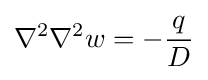
\nabla ^{2}\nabla ^{2}w=-{\frac {q}{D}}